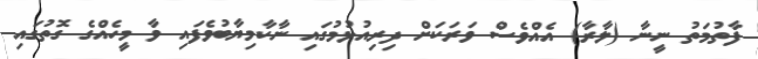
ފާތުމަތު ނީނާ (ލާރާ) އެއްވެސް ވަރަކަށް ދިރިއުޅުމުގައި ނާކާމިޔާބުވެފައި ވާ މީހެއްގެ ގޮތުގައި